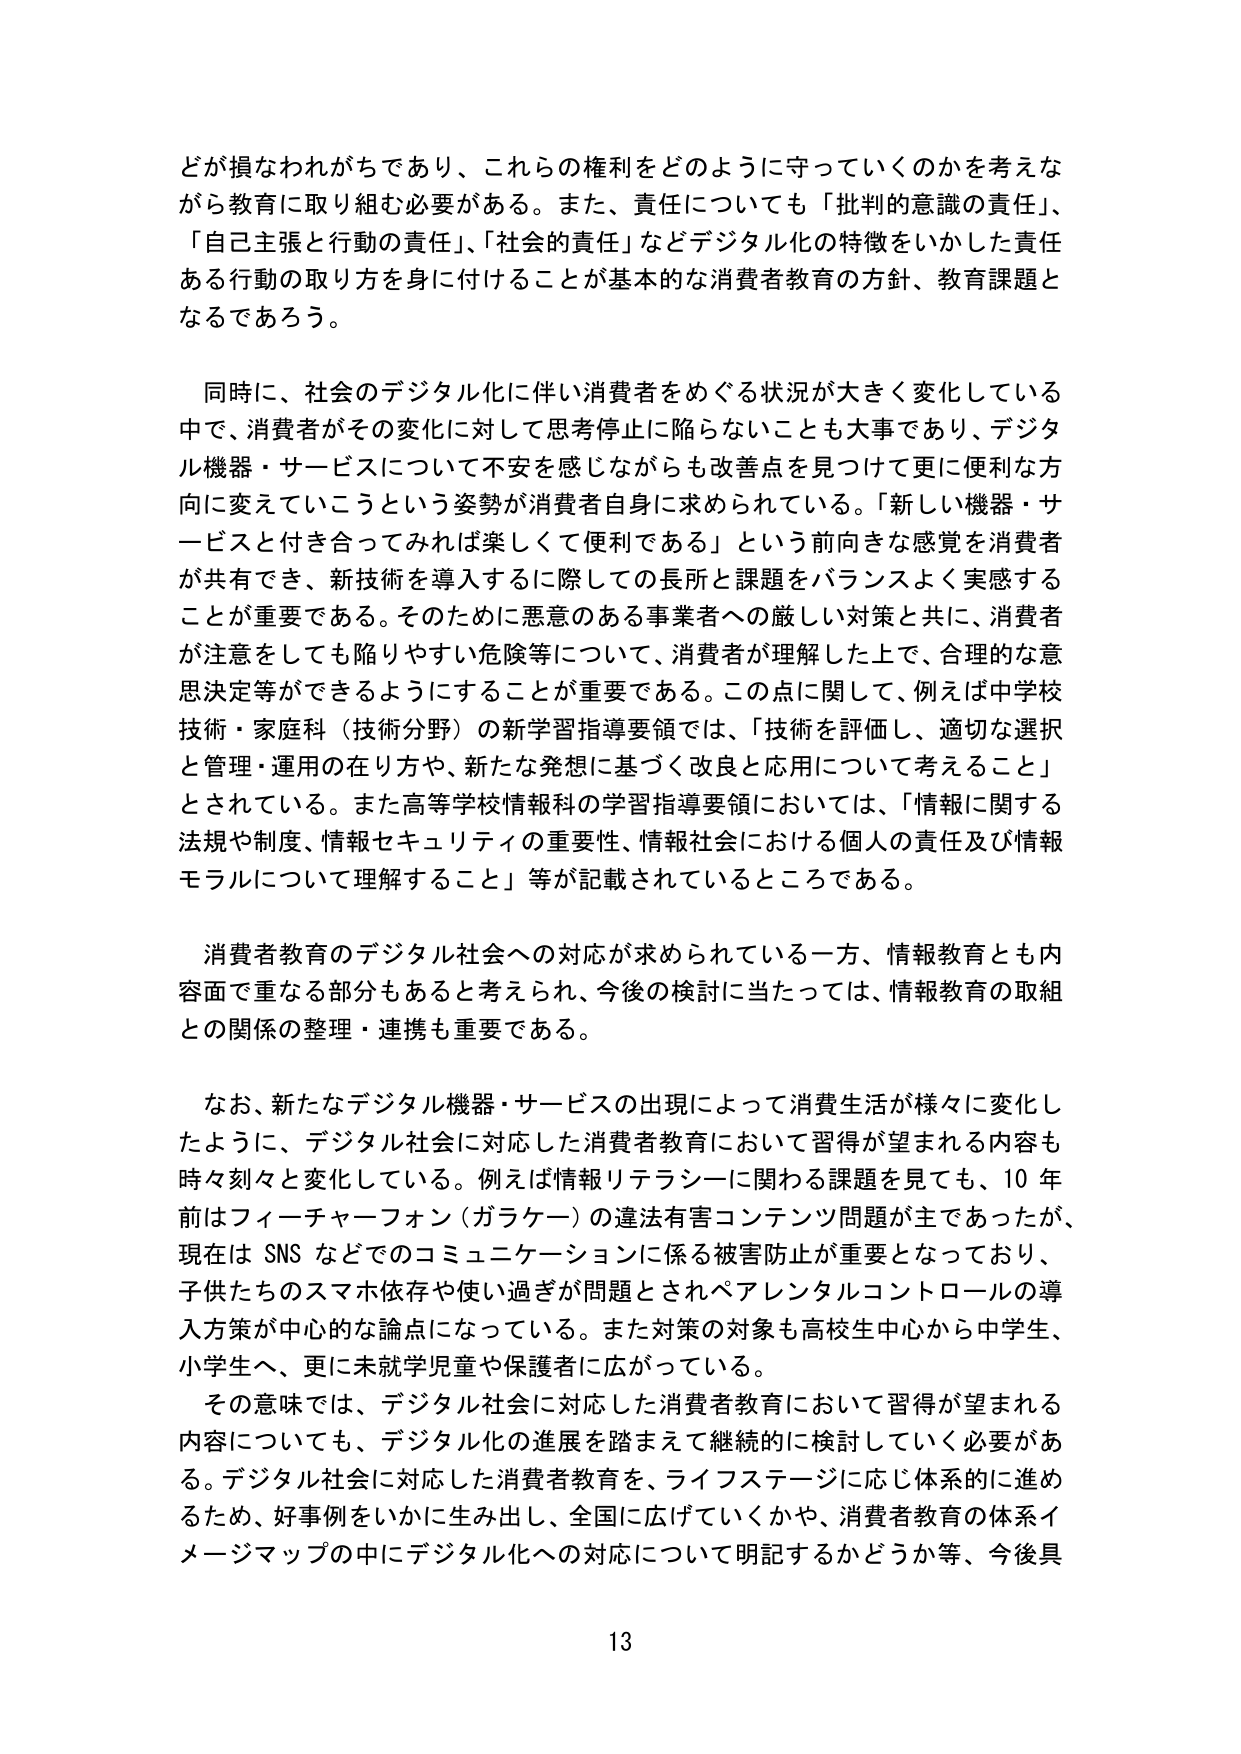
だが損なわれがちであり、これらの権利をどのように守っていくのかを考えながら教育に取り組む必要がある。また、責任についても「批判的意識の責任」、「自己主張と行動の責任」、「社会的責任」などデジタル化の特徴をいかした責任ある行動の取り方を身に付けることが基本的な消費者教育の方針、教育課題となるであろう。

同時に、社会のデジタル化に伴い消費者をめぐる状況が大きく変化している中で、消費者がその変化に対して思考停止に陥らないことも大事であり、デジタル機器・サービスについて不安を感じながらも改善点を見つけて更に便利な方向に変えていこうという姿勢が消費者自身に求められている。「新しい機器・サービスと付き合ってみれば楽しくて便利である」という前向きな感覚を消費者が共有でき、新技術を導入するに際しての長所と課題をバランスよく実感することが重要である。そのためには悪意のある事業者への厳しい対策と共に、消費者が注意をしても陥りやすい危険等について、消費者が理解した上で、合理的な意思決定等ができるようにすることが重要である。この点に関して、例えば中学校技術・家庭科（技術分野）の新学習指導要領では、「技術を評価し、適切な選択と管理・運用の在り方や、新たな発想に基づく改良と応用について考えること」とされている。また高等学校情報科の学習指導要領においては、「情報に関する法規や制度、情報セキュリティの重要性、情報社会における個人の責任及び情報モラルについて理解すること」等が記載されているところである。

消費者教育のデジタル社会への対応が求められている一方、情報教育とも内容面で重なる部分もあると考えられ、今後の検討に当たっては、情報教育の取組との関係の整理・連携も重要である。

なお、新たなデジタル機器・サービスの出現によって消費生活が様々に変化したように、デジタル社会に対応した消費者教育において習得が望まれる内容も時々刻々と変化している。例えば情報リテラシーに関わる課題を見ても、10年前はフィーチャーフォン（ガラケー）の違法有害コンテンツ問題が主であったが、現在はSNSなどでのコミュニケーションに係る被害防止が重要となっており、子供たちのスマホ依存や使い過ぎが問題とされペアレンタルコントロールの導入方策が中心的な論点になっている。また対策の対象も高校生中心から中学生、小学生へ、更に未就学児童や保護者に広がっている。

その意味では、デジタル社会に対応した消費者教育において習得が望まれる内容についても、デジタル化の進展を踏まえて継続的に検討していく必要がある。デジタル社会に対応した消費者教育を、ライフステージに応じ体系的に進めるため、好事例をいかに生み出し、全国に広げていくかや、消費者教育の体系イメージマップの中にデジタル化への対応について明記するかどうか等、今後具

13